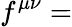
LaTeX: f^{\mu\nu}=